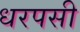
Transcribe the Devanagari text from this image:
धरपसी